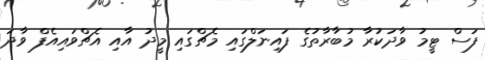
ފަސް ޓީމު ވާދަކުރާ މުބާރާތުގެ ފައިނަލްގައި މެޗްގައި މީދު އާއި އެޗްވައިއެފް ވާދަ